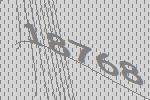
18768